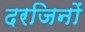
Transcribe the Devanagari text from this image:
दरजिनों